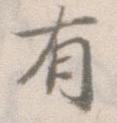
有